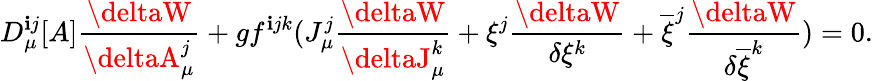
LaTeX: D_{\mu}^{\mathbf{i}j}[A]\frac{{\deltaW}}{{\deltaA_{\mu}^{j}}}+gf^{\mathbf{i}jk}(J_{\mu}^{j}\frac{{\deltaW}}{{\deltaJ_{\mu}^{k}}}+\xi^{j}\frac{{\deltaW}}{{\delta\xi^{k}}}+\overline{{{{\xi}}}}^{j}\frac{{\deltaW}}{{\delta\overline{{{{\xi}}}}^{k}}})=0.